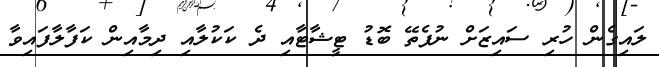
ލައިގެން ހުރި ސައިޒަށް ނުފެތޭ ބޮޑު ޓީޝާޓާއި ދެ ކަކުލާއި ދިމާއިން ކަފާލާފައިވާ